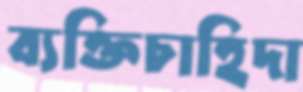
ব্যক্তিচাহিদা